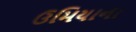
ઉમિયાના